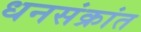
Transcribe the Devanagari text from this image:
धनसंक्रांत